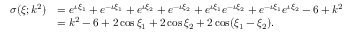
\begin{array} { r l } { \sigma ( \xi ; k ^ { 2 } ) } & { = e ^ { \iota \xi _ { 1 } } + e ^ { - \iota \xi _ { 1 } } + e ^ { \iota \xi _ { 2 } } + e ^ { - \iota \xi _ { 2 } } + e ^ { \iota \xi _ { 1 } } e ^ { - \iota \xi _ { 2 } } + e ^ { - \iota \xi _ { 1 } } e ^ { \iota \xi _ { 2 } } - 6 + k ^ { 2 } } \\ & { = k ^ { 2 } - 6 + 2 \cos \xi _ { 1 } + 2 \cos \xi _ { 2 } + 2 \cos ( \xi _ { 1 } - \xi _ { 2 } ) . } \end{array}